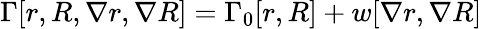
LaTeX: \Gamma[r,R,\nabla r,\nabla R]=\Gamma_{0}[r,R]+w[\nabla r,\nabla R]